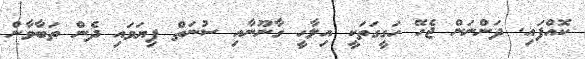
ކޮއްފައި. ދަންނަން ޖެހޭ ހަގީގަތަކީ އިލާހީ ގާނޫނާއި ސުނަތް ފިޔަވައި ދެން ތަބާވާން